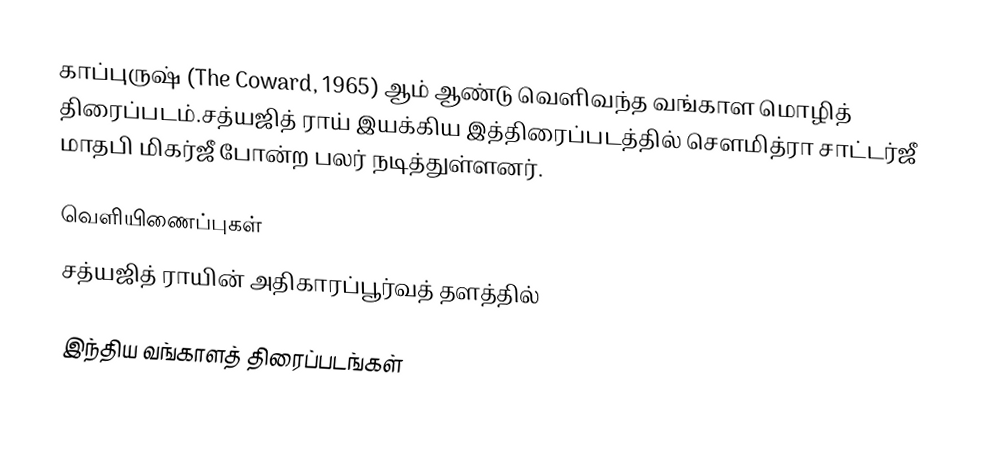
காப்புருஷ் (The Coward, 1965) ஆம் ஆண்டு வெளிவந்த வங்காள மொழித் திரைப்படம்.சத்யஜித் ராய் இயக்கிய இத்திரைப்படத்தில் சௌமித்ரா சாட்டர்ஜீ மாதபி மிகர்ஜீ போன்ற பலர் நடித்துள்ளனர்.

வெளியிணைப்புகள்
 சத்யஜித் ராயின் அதிகாரப்பூர்வத் தளத்தில்

இந்திய வங்காளத் திரைப்படங்கள்